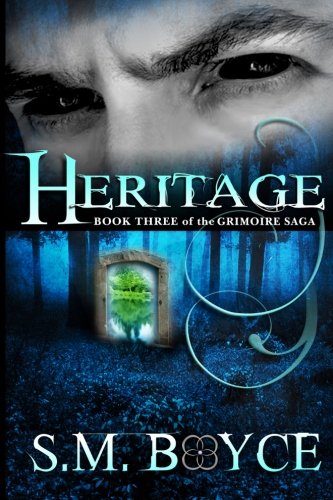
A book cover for Heritage: Book Three of the Grimoire Saga; S. M. Boyce; Science Fiction & Fantasy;